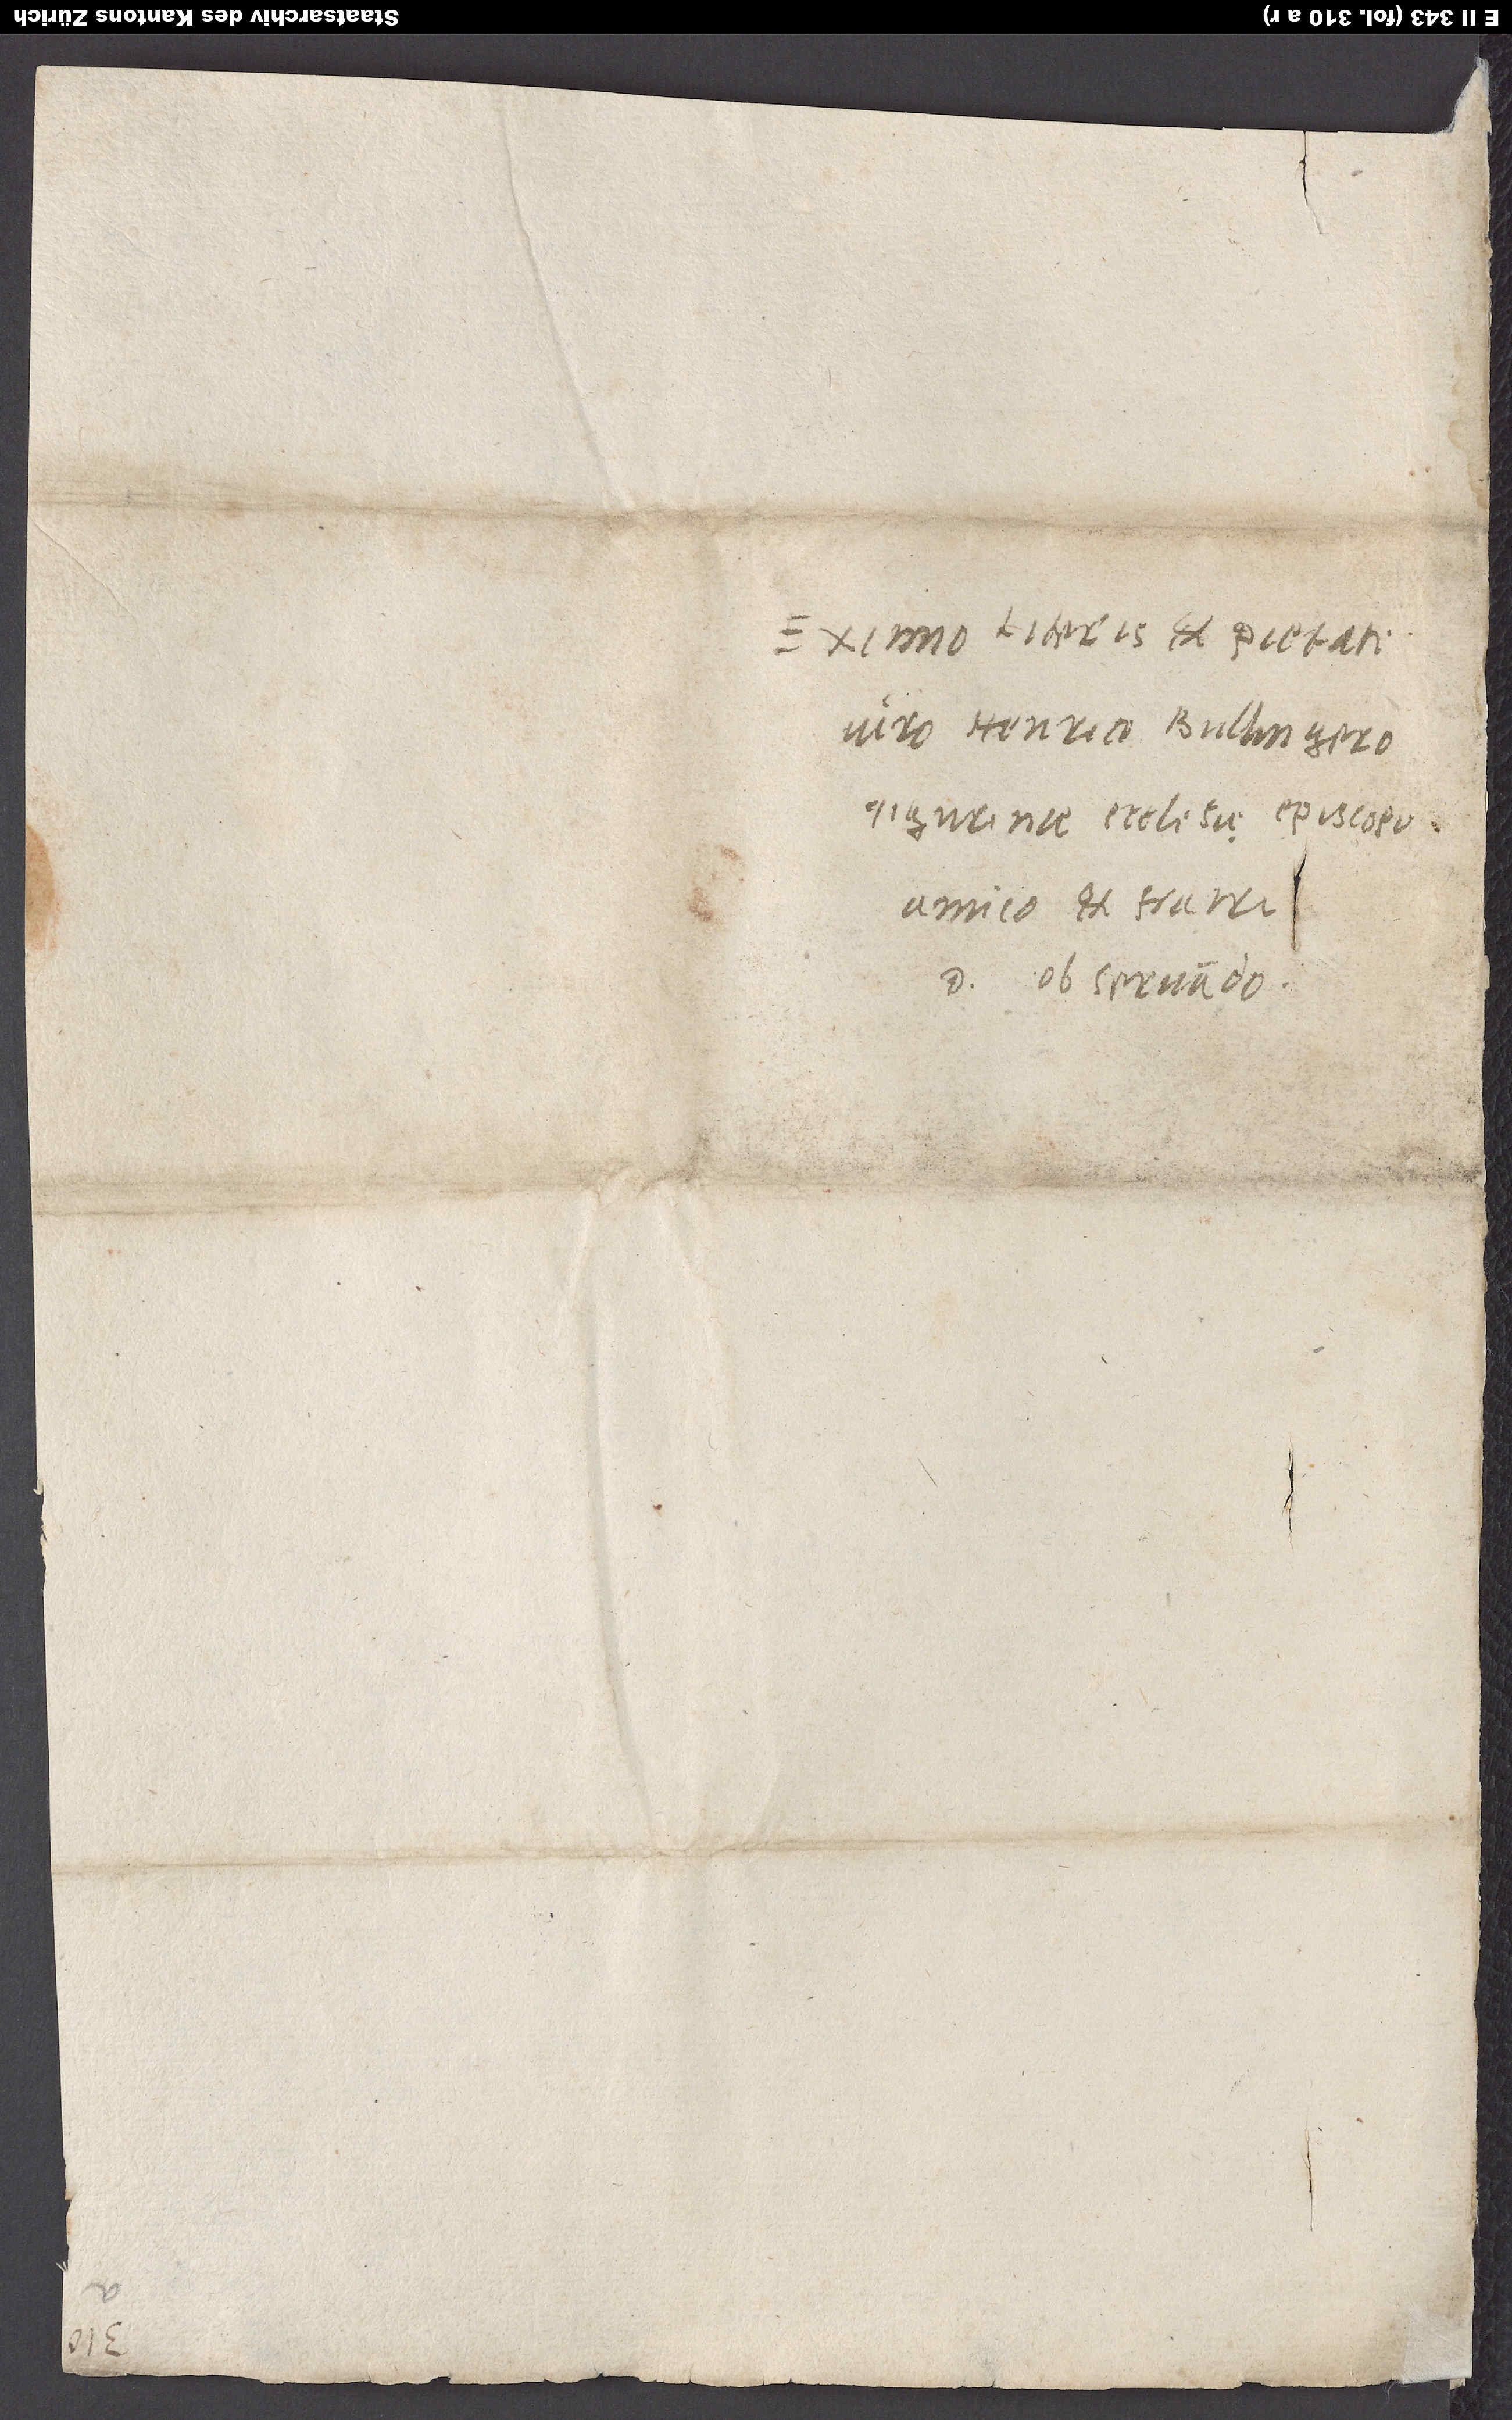
viro Henrici Bullgero,
observando.